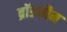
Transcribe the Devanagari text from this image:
ब्रॉडकौम